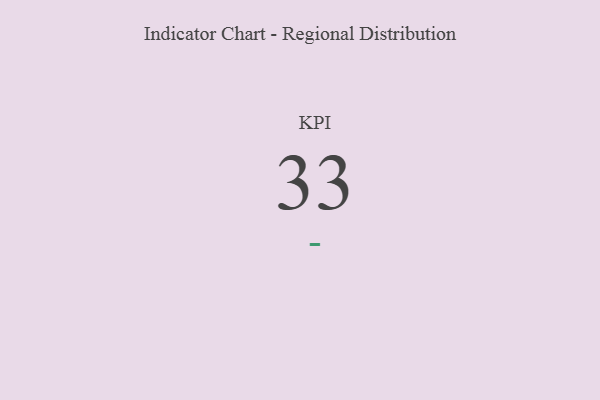
{"axis": {"x": "KPI", "y": "Value"}, "legend": [""], "data": [{"x": "KPI", "y": 33, "type": ""}]}